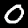
Digit: 0